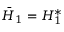
\begin{array} { r } { \bar { \cal H } _ { 1 } = { \cal H } _ { 1 } ^ { * } } \end{array}